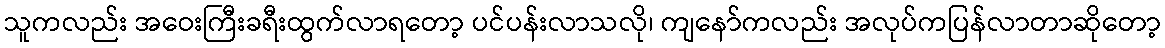
သူကလည်း အဝေးကြီးခရီးထွက်လာရတော့ ပင်ပန်းလာသလို၊ ကျနော်ကလည်း အလုပ်ကပြန်လာတာဆိုတော့